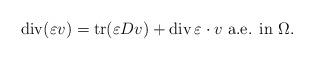
LaTeX: \begin{align*} \operatorname{div}(\varepsilon v) = \operatorname{tr}(\varepsilon Dv) + \operatorname{div}\varepsilon \cdot v \mbox{ a.e. in } \Omega.\end{align*}